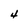
Character: 4